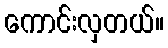
ကောင်းလှတယ်။